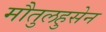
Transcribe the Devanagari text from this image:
मौतुलहुसेन